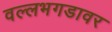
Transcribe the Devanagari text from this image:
वल्लभगडावर